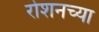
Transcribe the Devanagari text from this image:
रोशनच्या